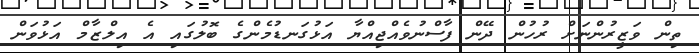
ތިން ވަޒީރުންނަށް ރުހުން ދޭން ފާސްނުވެއްޖިއްޔާ އަޅުގަނޑުމެންގެ ބޮލުގައި އެ އިލްޒާމް އަޅުވަން